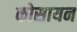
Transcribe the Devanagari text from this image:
कोसायन